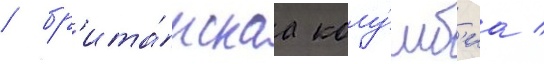
/ бр'ита́нскаа колу́мб'иа /